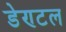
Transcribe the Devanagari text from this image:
डेण्टल